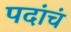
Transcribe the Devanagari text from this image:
पदांचं